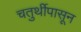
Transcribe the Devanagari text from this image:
चतुर्थीपासून